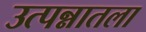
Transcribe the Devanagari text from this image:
उत्पन्नातला